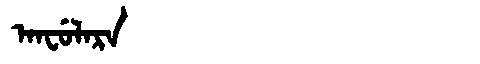
Manchu: ᠠᠨᠸᡠᠯᠠᡵᠠ
Romanization: ANFULARA